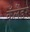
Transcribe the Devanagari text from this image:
कँलेंडर